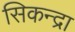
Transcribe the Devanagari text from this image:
सिकन्द्रा